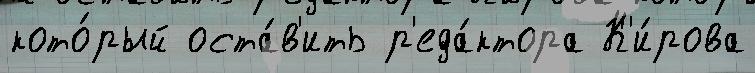
кото́рый оста́в'ить р'еда́ктора К'и́рова